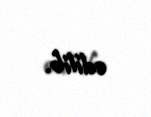
edilib.